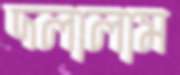
দলালাম